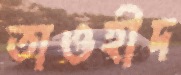
তাওহীদ